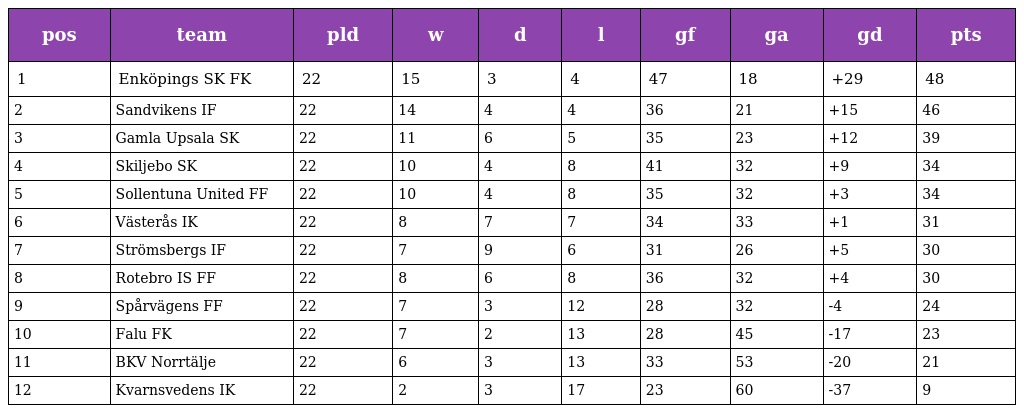
| pos | team | pld | w | d | l | gf | ga | gd | pts |
 | --- | --- | --- | --- | --- | --- | --- | --- | --- | --- |
 | 1 | Enköpings SK FK | 22 | 15 | 3 | 4 | 47 | 18 | +29 | 48 |
 | 2 | Sandvikens IF | 22 | 14 | 4 | 4 | 36 | 21 | +15 | 46 |
 | 3 | Gamla Upsala SK | 22 | 11 | 6 | 5 | 35 | 23 | +12 | 39 |
 | 4 | Skiljebo SK | 22 | 10 | 4 | 8 | 41 | 32 | +9 | 34 |
 | 5 | Sollentuna United FF | 22 | 10 | 4 | 8 | 35 | 32 | +3 | 34 |
 | 6 | Västerås IK | 22 | 8 | 7 | 7 | 34 | 33 | +1 | 31 |
 | 7 | Strömsbergs IF | 22 | 7 | 9 | 6 | 31 | 26 | +5 | 30 |
 | 8 | Rotebro IS FF | 22 | 8 | 6 | 8 | 36 | 32 | +4 | 30 |
 | 9 | Spårvägens FF | 22 | 7 | 3 | 12 | 28 | 32 | -4 | 24 |
 | 10 | Falu FK | 22 | 7 | 2 | 13 | 28 | 45 | -17 | 23 |
 | 11 | BKV Norrtälje | 22 | 6 | 3 | 13 | 33 | 53 | -20 | 21 |
 | 12 | Kvarnsvedens IK | 22 | 2 | 3 | 17 | 23 | 60 | -37 | 9 |